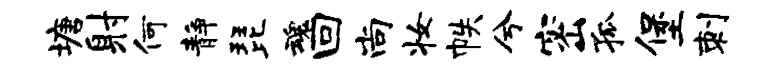
塘射何静琵魂回尚妆帙兮密孤堡刺